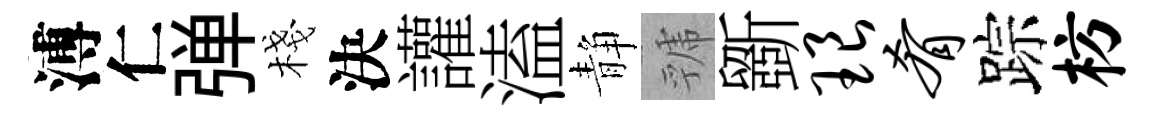
溥仁弹棧決讙溘静虢斵琅肴踪枋